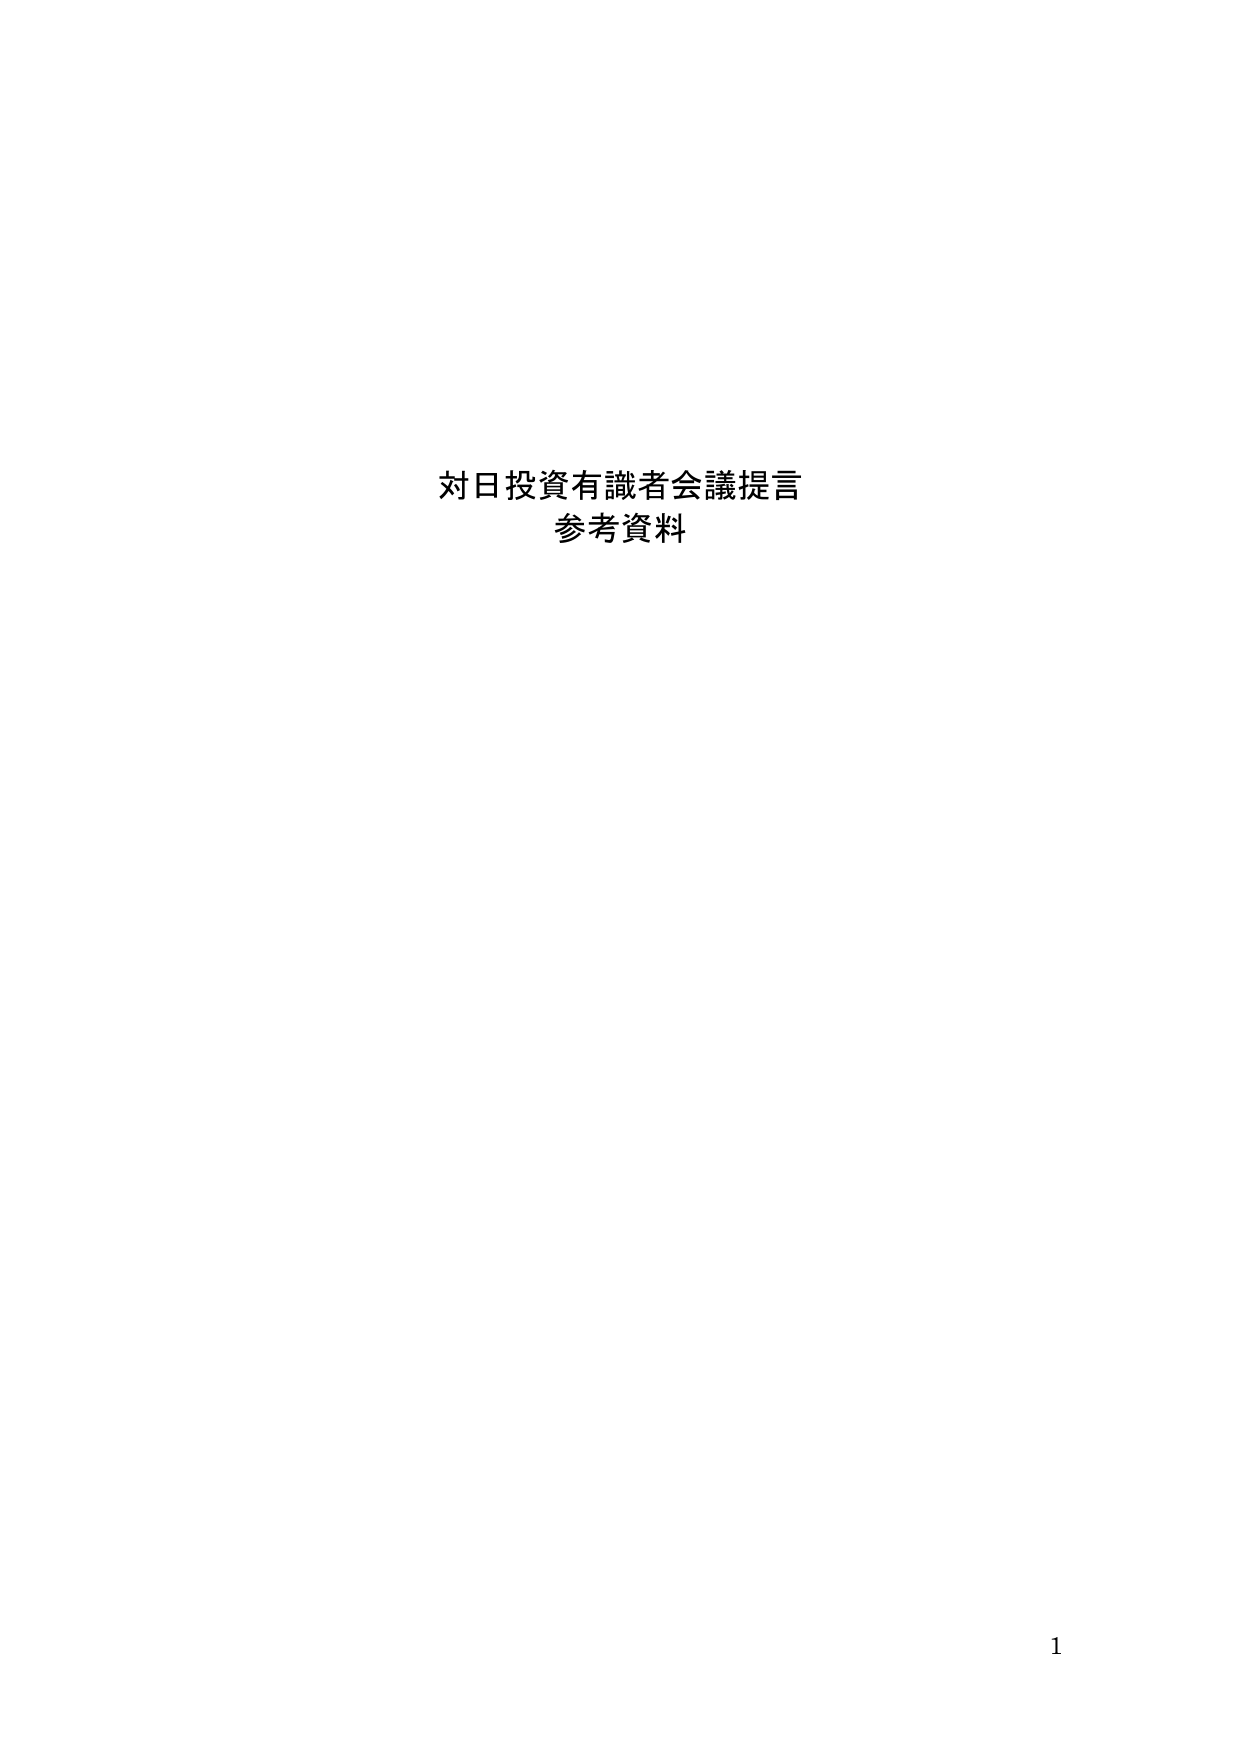
対日投資有識者会議提言
参考資料

1